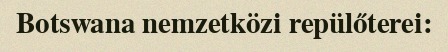
Botswana nemzetközi repülőterei: